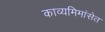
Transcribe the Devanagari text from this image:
काव्यमिमांसेत